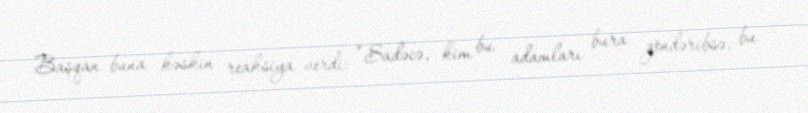
Başqan buna kəskin reaksiya verdi: “Sadəcə, kim bu adamları bura göndəribsə, bu